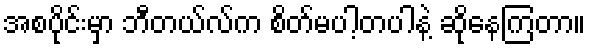
အစပိုင်းမှာ ဘီတယ်လ်က စိတ်မပါ့တပါနဲ့ ဆိုနေကြတာ။